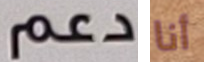
دعم أنا